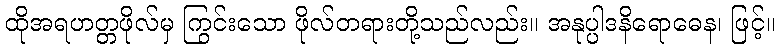
ထိုအရဟတ္တဖိုလ်မှ ကြွင်းသော ဖိုလ်တရားတို့သည်လည်း။ အနုပ္ပါဒနိရောဓေန၊ ဖြင့်။